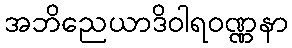
အဘိညေယာဒိဝါရဝဏ္ဏနာ